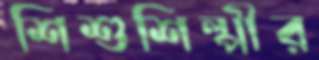
শিশুশিল্পীর